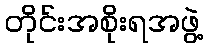
တိုင်းအစိုးရအဖွဲ့